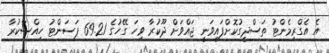
އެ އެގްރިމެންޓު ތަސްދީގުކޮށްފައިވަނީ ޖައްވަށް ދޫކުރާ ވިހަ ގޭހުގެ 69.21 ޕަސަންޓު ހިއްސާކުރާ